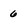
Character: 6